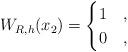
LaTeX: \begin{align*}W_{R,h}(x_2) = \begin{cases} 1 & , \\ 0 & , \end{cases}\end{align*}